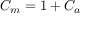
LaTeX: C _ { m } = 1 + C _ { a }